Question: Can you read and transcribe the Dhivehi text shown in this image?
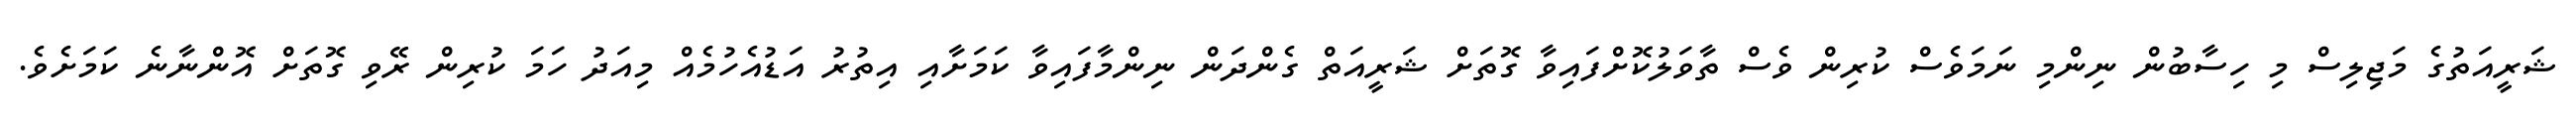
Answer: ޝަރީއަތުގެ މަޖިލިސް މި ހިސާބުން ނިންމި ނަމަވެސް ކުރިން ވެސް ތާވަލުކޮށްފައިވާ ގޮތަށް ޝަރީއަތް ގެންދަން ނިންމާފައިވާ ކަމަށާއި އިތުރު އަޑުއެހުމެއް މިއަދު ހަމަ ކުރިން ރޭވި ގޮތަށް އޮންނާނެ ކަމަށެވެ.